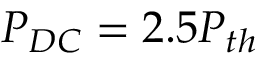
P _ { D C } = 2 . 5 P _ { t h }